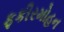
ફકીરમોહન